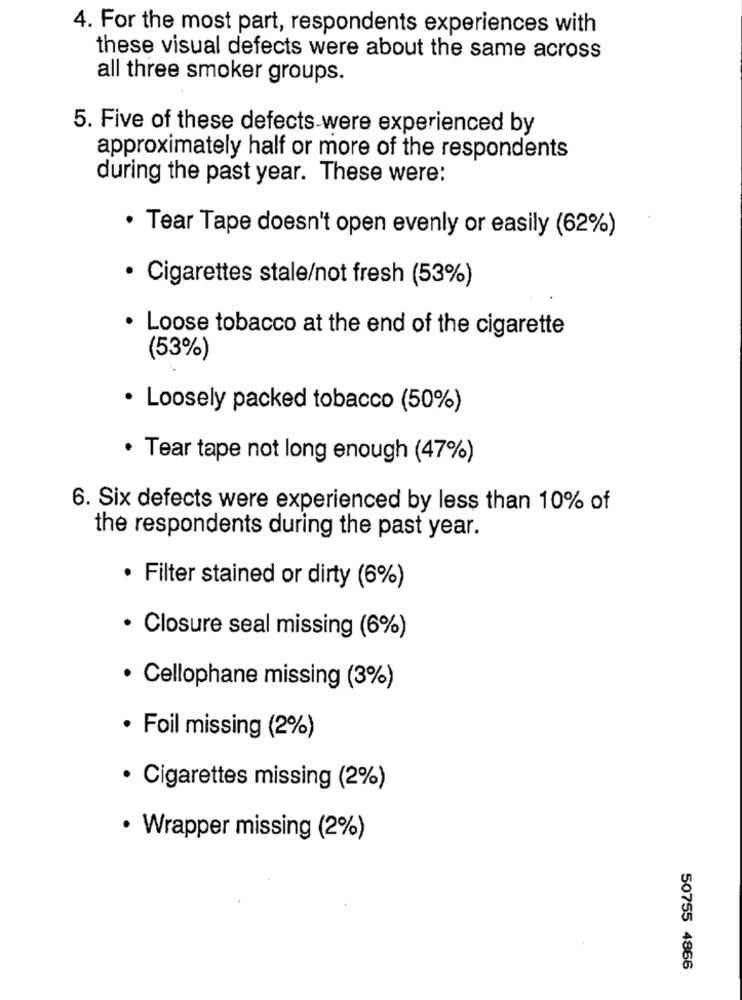
4. For the most part, respondents experiences with
these visual defects were about the same across
all three smoker groups.
5. Five of these defects were experienced by
approximately half or more of the respondents
during the past year. These were:
· Tear Tape doesn't open evenly or easily (62%)
· Cigarettes stale/not fresh (53%)
· Loose tobacco at the end of the cigarette
(53%)
· Loosely packed tobacco (50%)
· Tear tape not long enough (47%)
6. Six defects were experienced by less than 10% of
the respondents during the past year.
· Filter stained or dirty (6%)
· Closure seal missing (6%)
· Cellophane missing (3%)
· Foil missing (2%)
· Cigarettes missing (2%)
· Wrapper missing (2%)
50755 4866